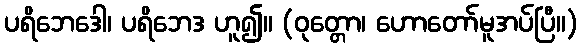
ပရိဘေဒေါ၊ ပရိဘေဒ ဟူ၍။ (ဝုတ္တော၊ ဟောတော်မူအပ်ပြီ။)